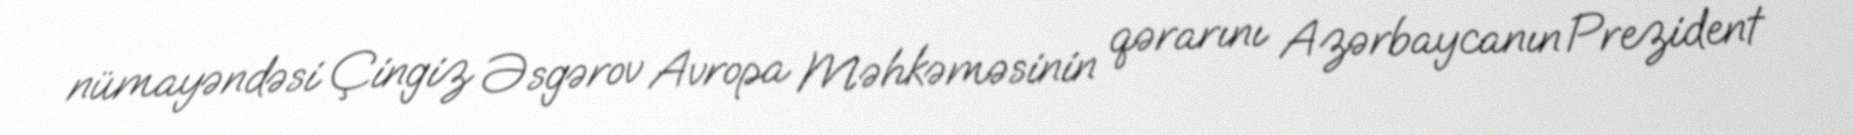
nümayəndəsi Çingiz Əsgərov Avropa Məhkəməsinin qərarını Azərbaycanın Prezident